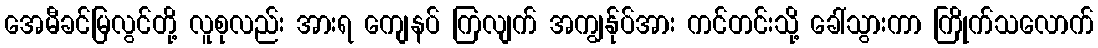
အေမီခင်မြလွင်တို့ လူစုလည်း အားရ ကျေနပ် ကြလျက် အကျွန်ုပ်အား ကင်တင်းသို့ ခေါ်သွားကာ ကြိုက်သလောက်